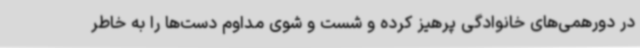
در دورهمی‌های خانوادگی پرهیز کرده و شست و شوی مداوم دست‌ها را به خاطر